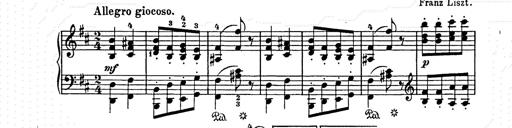
Title: Weihnachtsbaum
Composer: Franz Liszt